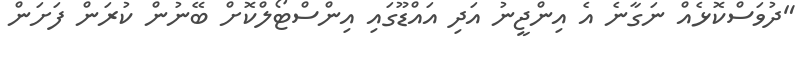
"ދުވަސްކޮޅެއް ނަގާނެ އެ އިންޖީނު އަދި އައްޑޫގައި އިންސްޓޯލްކޮށް ބޭނުން ކުރަން ފަށަން